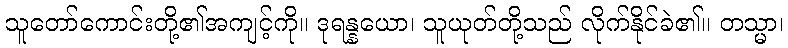
သူတော်ကောင်းတို့၏အကျင့်ကို။ ဒုရန္နယော၊ သူယုတ်တို့သည် လိုက်နိုင်ခဲ၏။ တသ္မာ၊